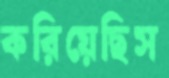
করিয়েছিস